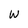
Character: w